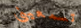
تسمعينى